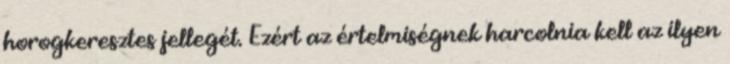
horogkeresztes jellegét. Ezért az értelmiségnek harcolnia kell az ilyen